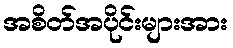
အစိတ်အပိုင်းများအား